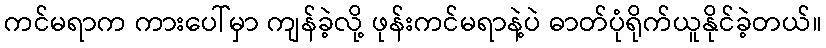
ကင်မရာက ကားပေါ်မှာ ကျန်ခဲ့လို့ ဖုန်းကင်မရာနဲ့ပဲ ဓာတ်ပုံရိုက်ယူနိုင်ခဲ့တယ်။